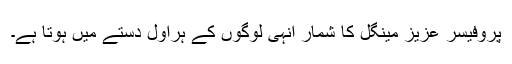
پروفیسر عزیز مینگل کا شمار انہی لوگوں کے ہراول دستے میں ہوتا ہے۔